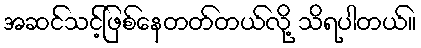
အဆင်သင့်ဖြစ်နေတတ်တယ်လို့ သိရပါတယ်။